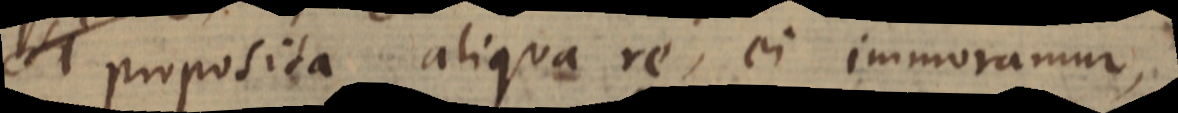
proposita aliqua re, ei immoramur,